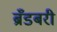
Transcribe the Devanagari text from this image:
ब्रँडबरी